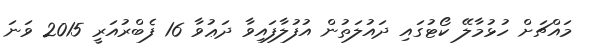
މައްޗަށް ހުޅުމާލޭ ކޯޓުގައި ދައުލަތުން އުފުލާފައިވާ ދަޢުވާ 16 ފެބްރުއަރީ 2015 ވަނަ